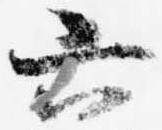
六